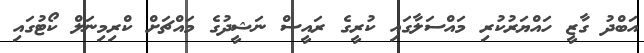
އަބްދު ގާޒީ ހައްޔަރުކުރި މައްސަލާގައި ކުރީގެ ރައީސް ނަޝީދުގެ މައްޗަށް ކްރިމިނަލް ކޯޓުގައި